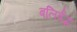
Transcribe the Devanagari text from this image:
बलिर्बद्धः